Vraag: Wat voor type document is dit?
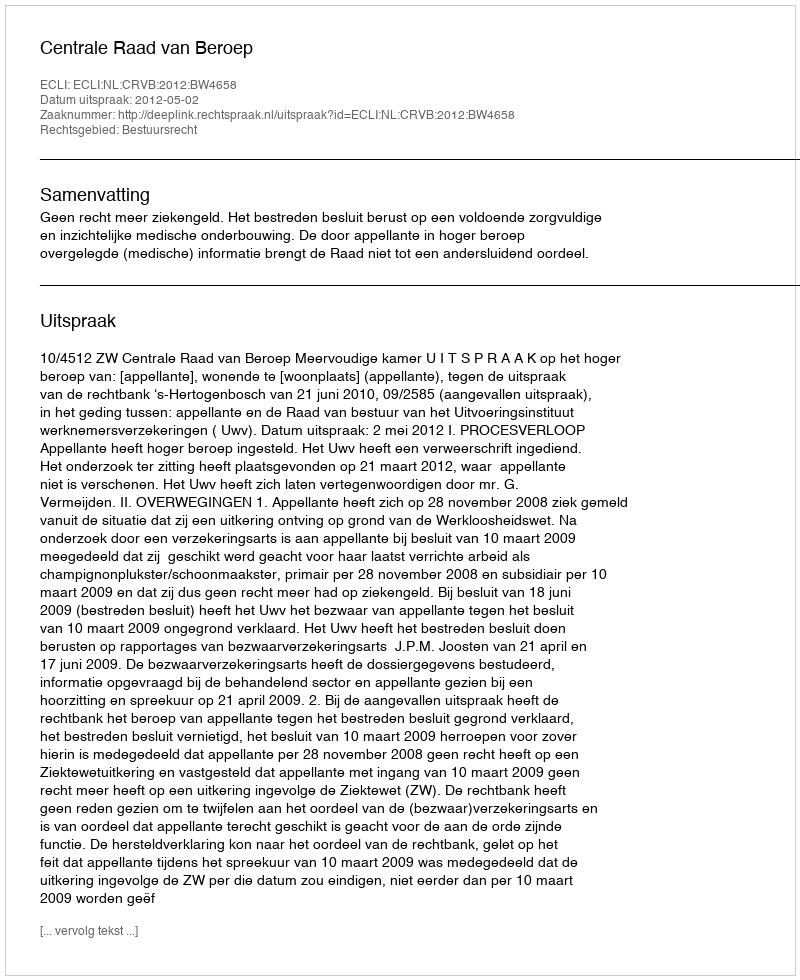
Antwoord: Uitspraak